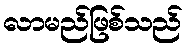
လာမည်ဖြစ်သည်